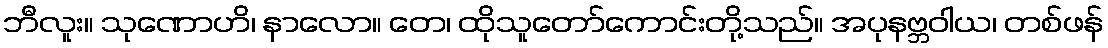
ဘီလူး။ သုဏောဟိ၊ နာလော။ တေ၊ ထိုသူတော်ကောင်းတို့သည်။ အပုနဗ္ဘဝါယ၊ တစ်ဖန်